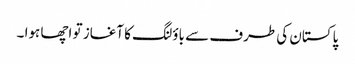
پاکستان کی طرف سے باؤلنگ کا آغاز تو اچھا ہوا ۔